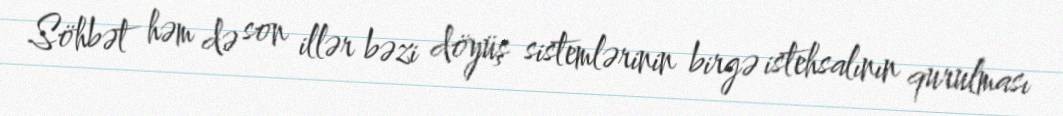
Söhbət həm də son illər bəzi döyüş sistemlərinin birgə istehsalının qurulması